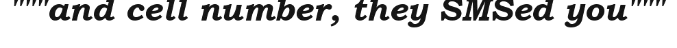
"""and cell number, they SMSed you"""